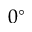
0 ^ { \circ }